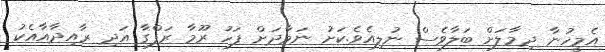
އެމީހުނާ ދިމާލަށް ބަލާވެސް ނުލިއެވެ.ކަށު ނަމާދަށް ފަހު ރޫމާ ރަފްގާ އަދި ރާއިދާއާއެކު